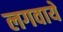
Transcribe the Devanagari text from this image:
लगवाये